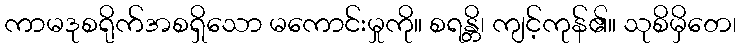
ကာမဒုစရိုက်အစရှိသော မကောင်းမှုကို။ စရန္တိ၊ ကျင့်ကုန်၏။ သုစိမှိတေ၊